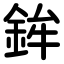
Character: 鉾